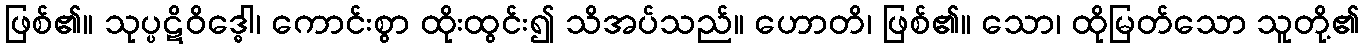
ဖြစ်၏။ သုပ္ပဋိဝိဒ္ဓေါ၊ ကောင်းစွာ ထိုးထွင်း၍ သိအပ်သည်။ ဟောတိ၊ ဖြစ်၏။ သော၊ ထိုမြတ်သော သူတို့၏